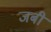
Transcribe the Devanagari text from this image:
जबीं